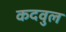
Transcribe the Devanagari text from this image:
कदवुल